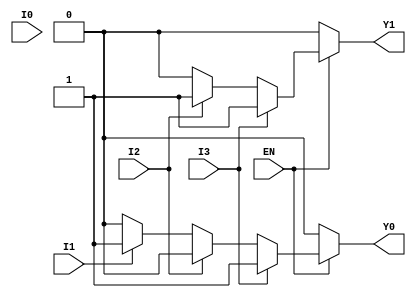
module encoder_4to2 (
    input wire I0,   // Input line 0
    input wire I1,   // Input line 1
    input wire I2,   // Input line 2
    input wire I3,   // Input line 3
    input wire EN,   // Enable input
    output reg Y0,   // Output line 0
    output reg Y1    // Output line 1
);

always @(*) begin
    if (!EN) begin
        // If enable is low, set outputs to 00
        Y0 = 1'b0;
        Y1 = 1'b0;
    end else begin
        // Default outputs
        Y0 = 1'b0;
        Y1 = 1'b0;

        // Check inputs in order of priority
        if (I3) begin
            Y1 = 1'b1; // I3 active
            Y0 = 1'b1;
        end else if (I2) begin
            Y1 = 1'b1; // I2 active
            Y0 = 1'b0;
        end else if (I1) begin
            Y1 = 1'b0; // I1 active
            Y0 = 1'b1;
        end else if (I0) begin
            Y1 = 1'b0; // I0 active
            Y0 = 1'b0;
        end
        // If no inputs are active, Y0 and Y1 remain 0
    end
end

endmodule